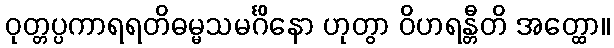
ဝုတ္တပ္ပကာရရတိဓမ္မသမင်္ဂိနော ဟုတွာ ဝိဟရန္တီတိ အတ္ထော။